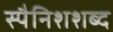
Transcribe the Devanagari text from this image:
स्पैनिशशब्द